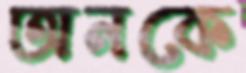
অনকে